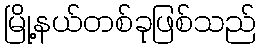
မြို့နယ်တစ်ခုဖြစ်သည်